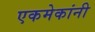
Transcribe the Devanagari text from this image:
एकमेकांनी